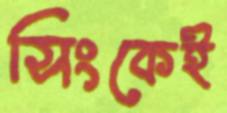
সিংকেই